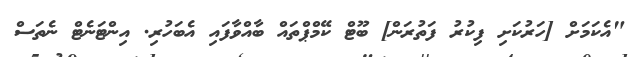
"އެކަމަށް [ހަރުކަށި ފިކުރު ފަތުރަން] ބޫޓް ކޭމްޕްތައް ބާއްވާފައި އެބަހުރި. އިންޓަނެޓް ނެތަސް